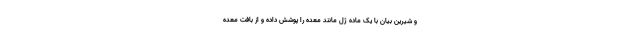
و شیرین بیان با یک ماده ژل مانند معده را پوشش داده و از بافت معده